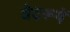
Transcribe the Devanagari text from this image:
वेदरूपें